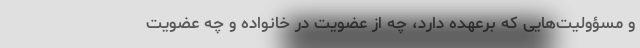
و مسؤولیت‌هایی که بر‌عهده دارد، چه از عضویت در خانواده و چه عضویت